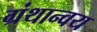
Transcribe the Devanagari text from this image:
ग्रंथान्वय